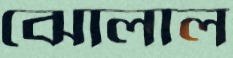
ঝোলাল